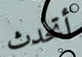
أتحدث